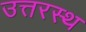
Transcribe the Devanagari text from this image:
उत्तरस्थ